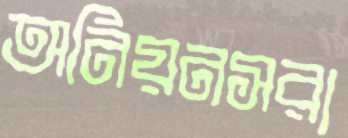
অনিয়নসরা